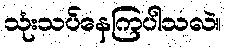
သုံးသပ်နေကြပါသလဲ။